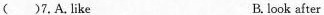
( )7.A.like B. look after